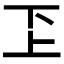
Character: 𠀝